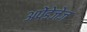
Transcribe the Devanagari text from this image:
अपेंडेजेज़